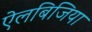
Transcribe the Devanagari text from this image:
ऐलबिजिया